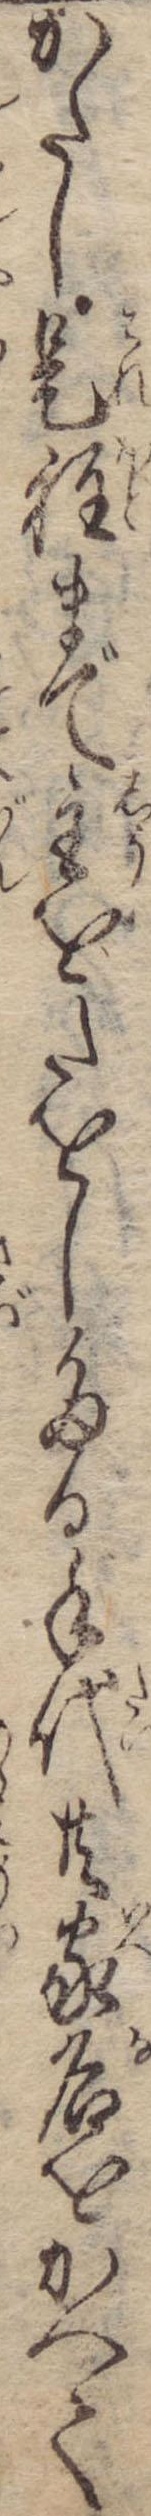
かたし是程まで主をたをしたる手代共家名をかへて